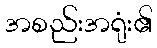
အစည်းအရုံး၏